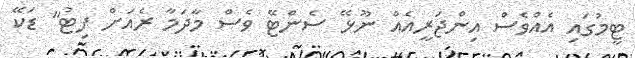
ޓީމުގައި އެއްވެސް އިންޖަރީއެއް ނޫޅޭ ސެންޓޭ ވެސް މާދަމާ ރެއަށް ފިޓު" ޑަކޭ